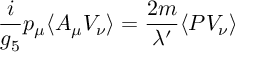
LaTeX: \frac { i } { g _ { 5 } } p _ { \mu } \langle A _ { \mu } V _ { \nu } \rangle = \frac { 2 m } { \lambda ^ { \prime } } \langle P V _ { \nu } \rangle